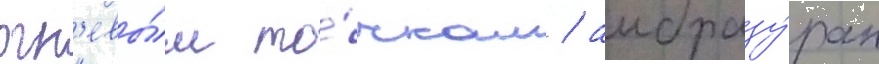
огн'евы́м то́чкам / амбразу́рам